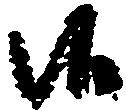
候